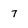
Character: 7